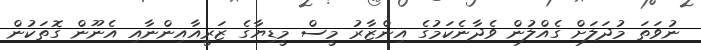
ނުވަތަ މުދަލަށް ގެއްލުން ވެދާނެކަމުގެ އިންޒާރު މީސް މީޑިޔާގެ ޒަރީއާއިންނާއި އެނޫން ގޮތަކުން